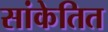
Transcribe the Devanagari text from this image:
सांकेतित